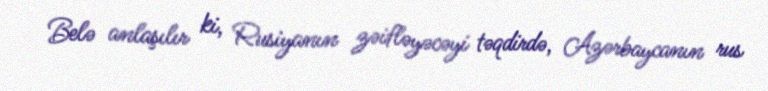
Belə anlaşılır ki, Rusiyanın zəifləyəcəyi təqdirdə, Azərbaycanın rus